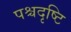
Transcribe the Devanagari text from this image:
पश्चदृष्टि